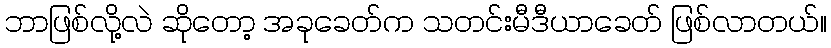
ဘာဖြစ်လို့လဲ ဆိုတော့ အခုခေတ်က သတင်းမီဒီယာခေတ် ဖြစ်လာတယ်။